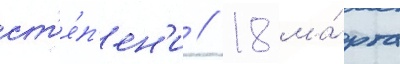
ст'е́п'ен'и // 18 ма́рта